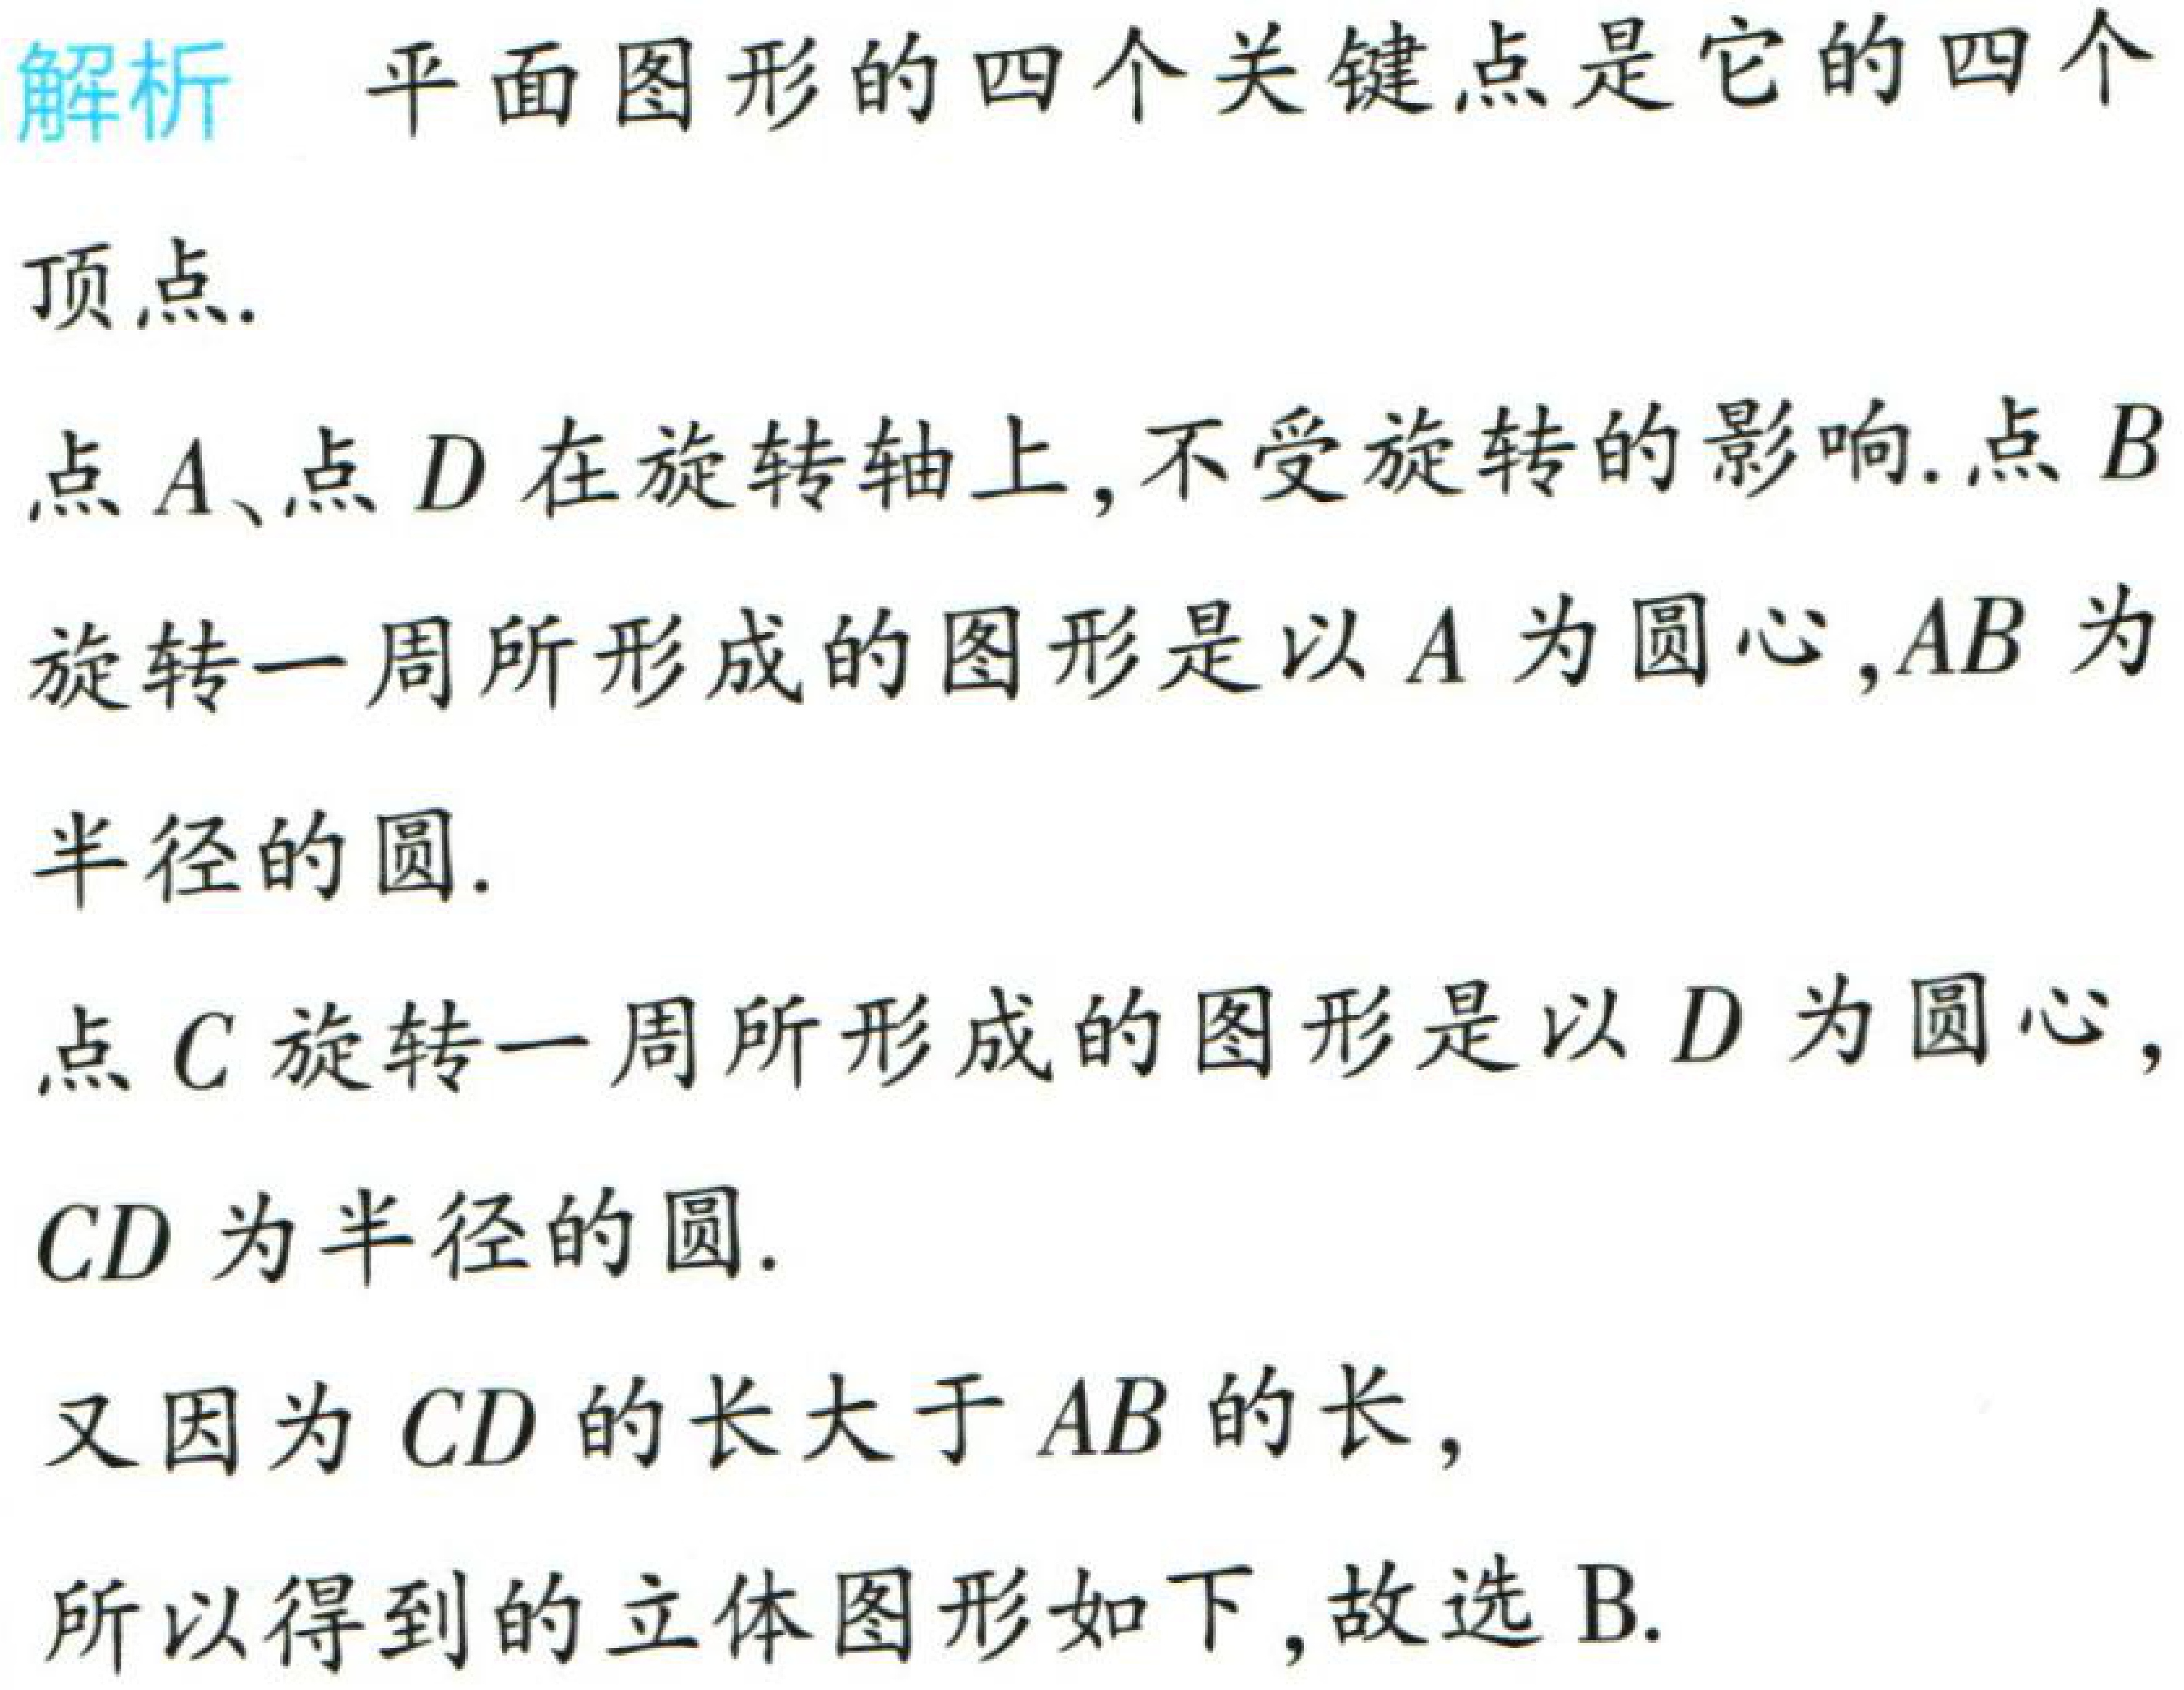
解析 平面图形的四个关键点是它的四个

顶点.

点\(A\)、点\(D\)在旋转轴上,不受旋转的影响.点\(B\)

旋转一周所形成的图形是以\(A\)为圆心,\(AB\)为

半径的圆.

点\(C\)旋转一周所形成的图形是以\(D\)为圆心,

\(CD\)为半径的圆.

又因为\(CD\)的长大于\(AB\)的长,

所以得到的立体图形如下,故选B.